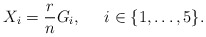
\begin{align*}X_i = \frac{r}{n} G_i, \;\;\;\;\; i \in \{1, \ldots, 5\}.\end{align*}